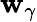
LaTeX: \mathbf{w}_{\gamma}